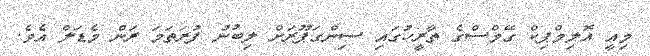
މިއީ އޮލިމްޕިކް ގޭމްސްގެ ތާރީހުގައި ސިންގަޕޫރަށް ލިބުނު ފުރަތަމަ ރަން މެޑަލް އެވެ.